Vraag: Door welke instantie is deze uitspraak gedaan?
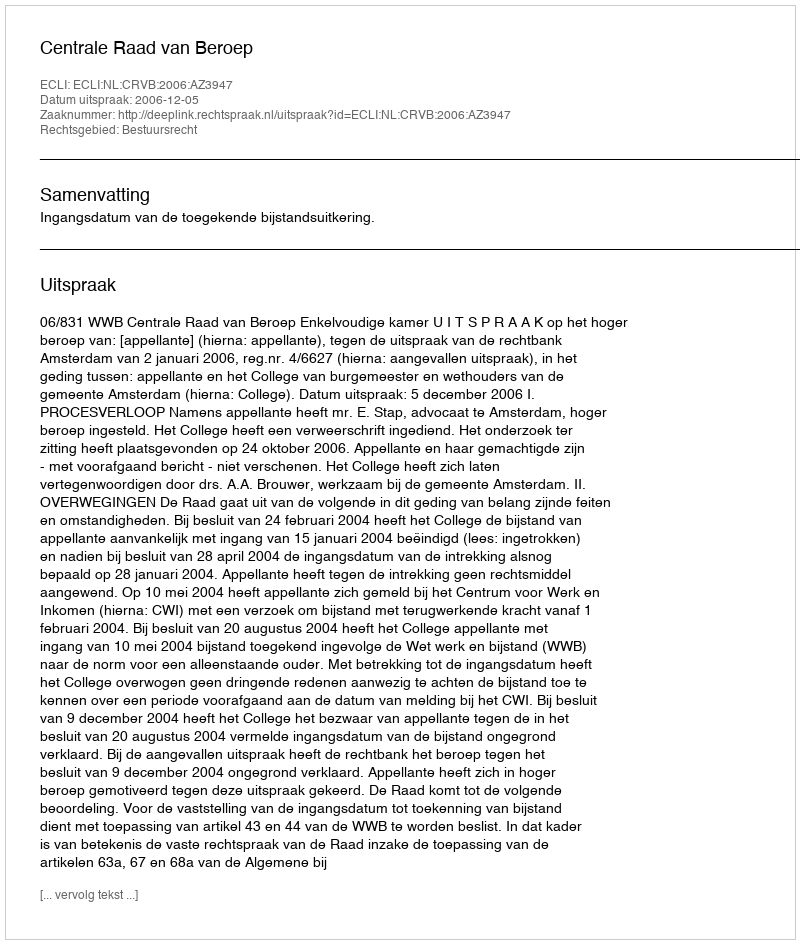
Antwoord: Centrale Raad van Beroep